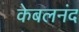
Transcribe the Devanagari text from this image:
केबलनंद